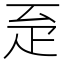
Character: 𤴖